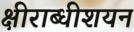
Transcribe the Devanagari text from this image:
क्षीराब्धीशयन